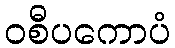
ဝစီပကောပံ